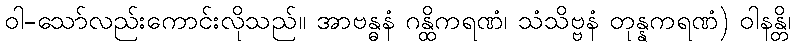
ဝါ-သော်လည်းကောင်းလိုသည်။ အာဗန္ဓနံ ဂန္ထိကရဏံ၊ သံသိဗ္ဗနံ တုန္နကရဏံ) ဝါနန္တိ၊